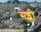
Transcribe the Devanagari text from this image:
सड्न्ली